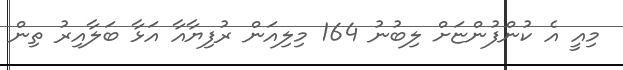
މިއީ އެ ކުންފުންޏަށް ލިބުނު 164 މިލިއަން ރުފިޔާއާ އަޅާ ބަލާއިރު ތިން